Indian journal of veterinary science and animal husbandry - Volumes 24-25, 1954-1955
Year: 1954
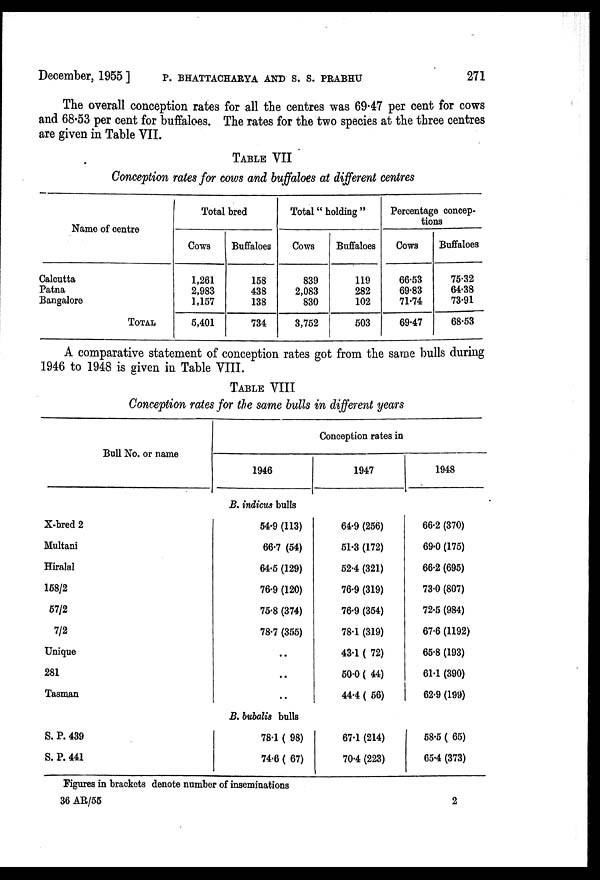
December, 1955] P. BHATTACHARYA AND S. S. PRABHU 271
The overall conception rates for all the centres was 69.47 per cent for cows
and 68.53 per cent for buffaloes. The rates for the two species at the three centres
are given in Table VII.
TABLE VII
Conception rates for cows and buffaloes at different centres
Name of centre
Calcutta
Patna
Bangalore
TOTAL
Total bred
Cows
1,261
2,983
1,157
5,401
Buffaloes
158
438
138
734
Total "holding"
Cows
839
2,083
830
3,752
Buffaloes
119
282
102
503
Percentage concep-
tions
Cows
66.53
69.83
71.74
69.47
Buffaloes
75.32
64.38
73.91
68.53
A comparative statement of conception rates got from the same bulls during
1946 to 1948 is given in Table VIII.
TABLE VIII
Conception rates for the same bulls in different years
Bull No. or name
X-bred 2
Multani
Hiralal
158/2
57/2
7/2
Unique
281
Tasman
S. P. 439
S. P. 441
Conception rates in
1946
B. indicus bulls
54.9 (113)
66.7 (54)
64.5 (129)
76.9 (120)
75.8 (374)
78.7 (355)
..
..
..
B. bubalis bulls
78.1 ( 98)
74.6 ( 67)
1947
64.9 (256)
51.3 (172)
52.4 (321)
76.9 (319)
76.9 (354)
78.1 (319)
43.1 ( 72)
50.0 ( 44)
44.4 ( 56)
67.1 (214)
70.4 (223)
1948
66.2 (370)
69.0 (175)
66.2 (695)
73.0 (807)
72.5 (984)
67.6 (1192)
65.8 (193)
61.1 (390)
62.9 (199)
58.5 ( 65)
65.4 (373)
Figures in brackets denote number of inseminations
36 AR/55
2